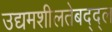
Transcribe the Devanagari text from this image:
उद्यमशीलतेबद्द्ल